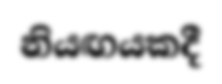
නියඟයකදී